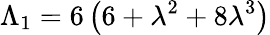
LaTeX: \Lambda_{1}=6\left(6+\lambda^{2}+8\lambda^{3}\right)